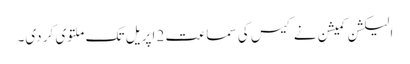
الیکشن کمیشن نے کیس کی سماعت 2 اپریل تک ملتوی کر دی۔